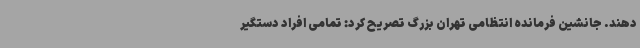
دهند. جانشین فرمانده انتظامی تهران بزرگ تصریح کرد: تمامی افراد دستگیر